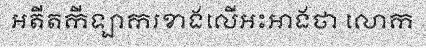
អតីតកីឡាករខាងលើអះអាងថា លោក